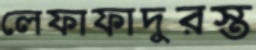
লেফাফাদুরস্ত